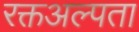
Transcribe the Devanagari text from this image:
रक्तअल्पता